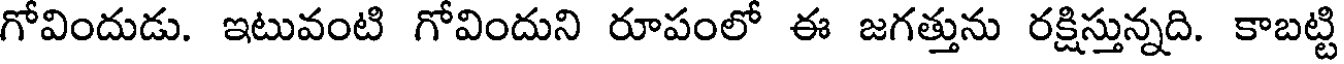
గోవిందుడు. ఇటువంటి గోవిందుని రూపంలో ఈ జగత్తును రక్షిస్తున్నది. కాబట్టి